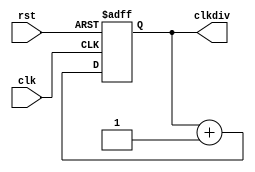
`timescale 1ns / 1ns
//////////////////////////////////////////////////////////////////////////////////
// Company: 
// Engineer: 
// 
// Design Name: 
// Module Name: clkdiv
// Project Name: 
// Target Devices: 
// Tool Versions: 
// Description: 
// 
// Dependencies: 
// 
// Revision:
// Revision 0.01 - File Created
// Additional Comments:
// 
//////////////////////////////////////////////////////////////////////////////////


module clkdiv(
	input clk, 
	input rst, 
	output reg [32:0] clkdiv
    );

	always @ (posedge clk, negedge rst) begin
		if (!rst) clkdiv <= 0;
		else clkdiv <= clkdiv + 1'b1;
	end

endmodule